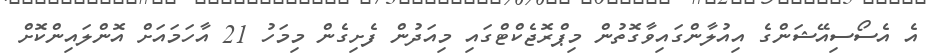
އެ އެސޯސިއޭޝަންގެ އިއުލާންގައިވާގޮތުން މިޕްރޮޖެކްޓްގައި މިއަދުން ފެށިގެން މިމަހު 21 އާހަމައަށް އޮންލައިންކޮށް